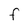
Character: F